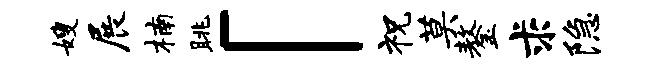
嫂展楠眺「祝莫鏊求隐